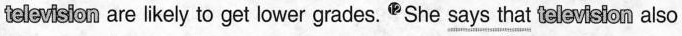
telewision are likely to get lower grades."She \underline{says that} televwsion also